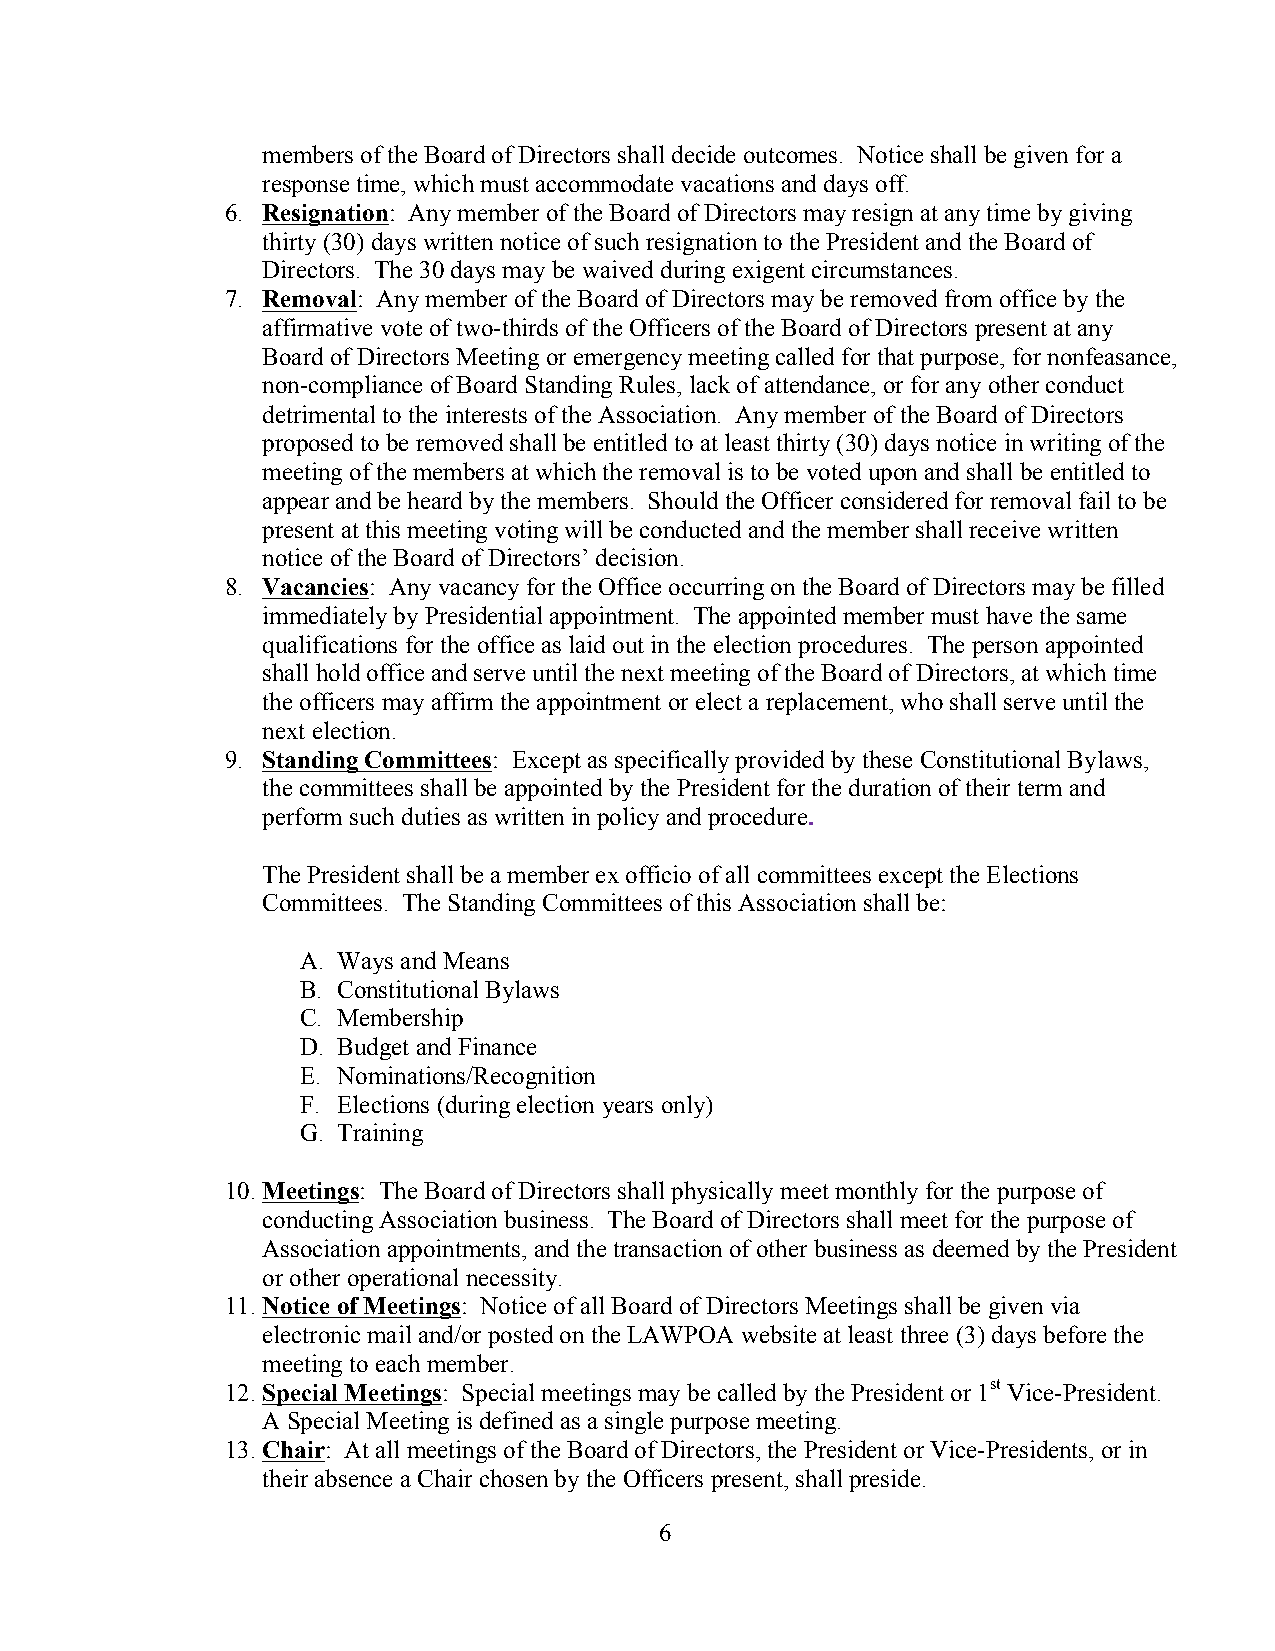
members of the Board of Directors shall decide outcomes. Notice shall be given for a
 response time, which must accommodate vacations and days off.
 6. Resignation: Any member of the Board of Directors may resign at any time by giving
 thirty (30) days written notice of such resignation to the President and the Board of
 Directors. The 30 days may be waived during exigent circumstances.
 7. Removal: Any member of the Board of Directors may be removed from office by the
 affirmative vote of two-thirds of the Officers of the Board of Directors present at any
 Board of Directors Meeting or emergency meeting called for that purpose, for nonfeasance,
 non-compliance of Board Standing Rules, lack of attendance, or for any other conduct
 detrimental to the interests of the Association. Any member of the Board of Directors
 proposed to be removed shall be entitled to at least thirty (30) days notice in writing of the
 meeting of the members at which the removal is to be voted upon and shall be entitled to
 appear and be heard by the members. Should the Officer considered for removal fail to be
 present at this meeting voting will be conducted and the member shall receive written
 notice of the Board of Directors’ decision.
 8. Vacancies: Any vacancy for the Office occurring on the Board of Directors may be filled
 immediately by Presidential appointment. The appointed member must have the same
 qualifications for the office as laid out in the election procedures. The person appointed
 shall hold office and serve until the next meeting of the Board of Directors, at which time
 the officers may affirm the appointment or elect a replacement, who shall serve until the
 next election.
 9. Standing Committees: Except as specifically provided by these Constitutional Bylaws,
 the committees shall be appointed by the President for the duration of their term and
 perform such duties as written in policy and procedure.
 The President shall be a member ex officio of all committees except the Elections
 Committees. The Standing Committees of this Association shall be:
 A. Ways and Means
 B. Constitutional Bylaws
 C. Membership
 D. Budget and Finance
 E. Nominations/Recognition
 F. Elections (during election years only)
 G. Training
 10. Meetings: The Board of Directors shall physically meet monthly for the purpose of
 conducting Association business. The Board of Directors shall meet for the purpose of
 Association appointments, and the transaction of other business as deemed by the President
 or other operational necessity.
 11. Notice of Meetings: Notice of all Board of Directors Meetings shall be given via
 electronic mail and/or posted on the LAWPOA website at least three (3) days before the
 meeting to each member.
 12. Special Meetings: Special meetings may be called by the President or 1st Vice-President.
 A Special Meeting is defined as a single purpose meeting.
 13. Chair: At all meetings of the Board of Directors, the President or Vice-Presidents, or in
 their absence a Chair chosen by the Officers present, shall preside.
 6